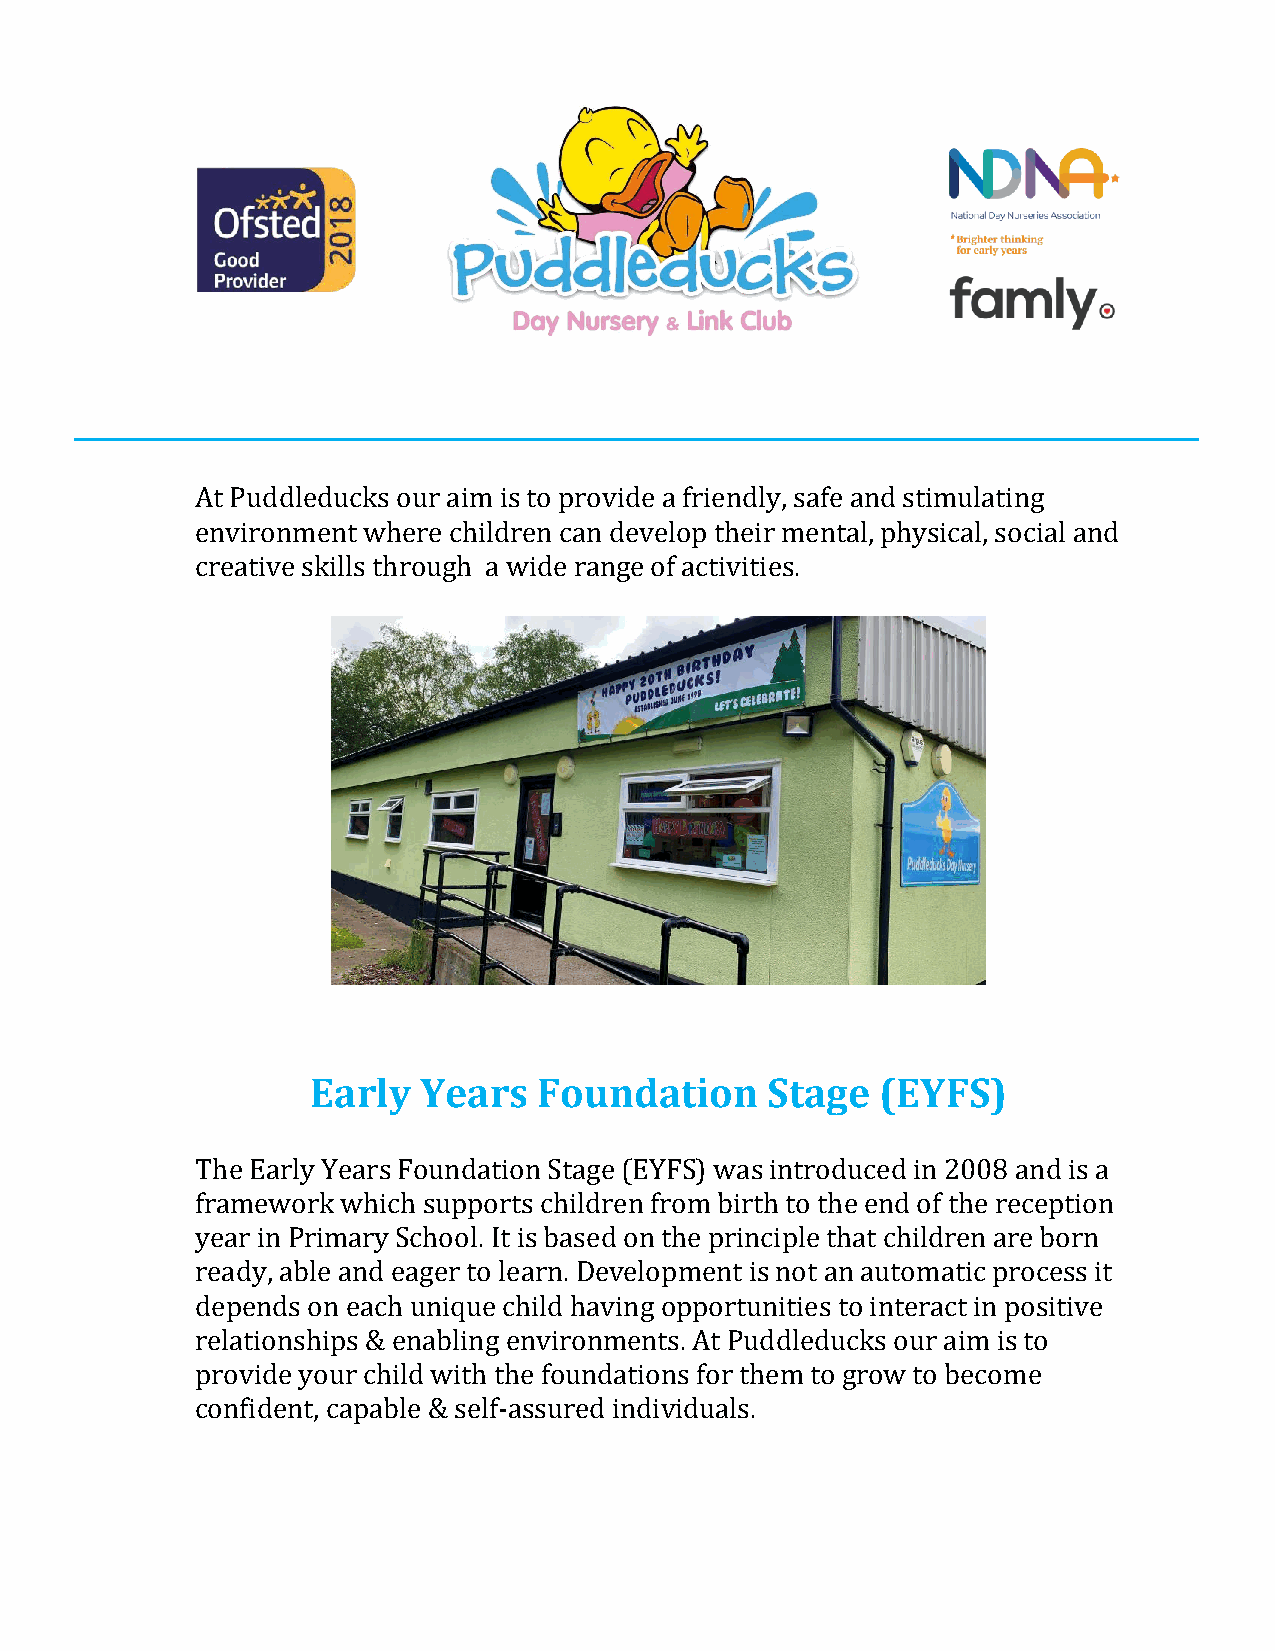
At Puddleducks our aim is to provide a friendly, safe and stimulating
 environment where children can develop their mental, physical, social and
 creative skills through a wide range of activities.
 Early  Years   Foundation     Stage  (EYFS)
 The Early Years Foundation Stage (EYFS) was introduced in 2008 and is a
 framework which supports children from birth to the end of the reception
 year in Primary School. It is based on the principle that children are born
 ready, able and eager to learn. Development is not an automatic process it
 depends on each unique child having opportunities to interact in positive
 relationships & enabling environments. At Puddleducks our aim is to
 provide your child with the foundations for them to grow to become
 confident, capable & self-assured individuals.